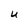
Character: U